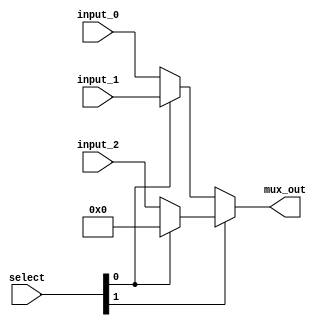

module two_bit_mux (input_0,
						input_1, 
						input_2, 
						mux_out,
						select);
						
	parameter N = 32;
	input [N-1:0] input_0;
	input [N-1:0] input_1;
	input [N-1:0] input_2;
	input [1:0] select;
	output [N-1:0] mux_out;
	assign mux_out = select[1] ? (select[0] ? 0 : input_2) : (select[0] ? input_1 : input_0);
endmodule